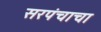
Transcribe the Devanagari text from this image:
सरपंचाचा